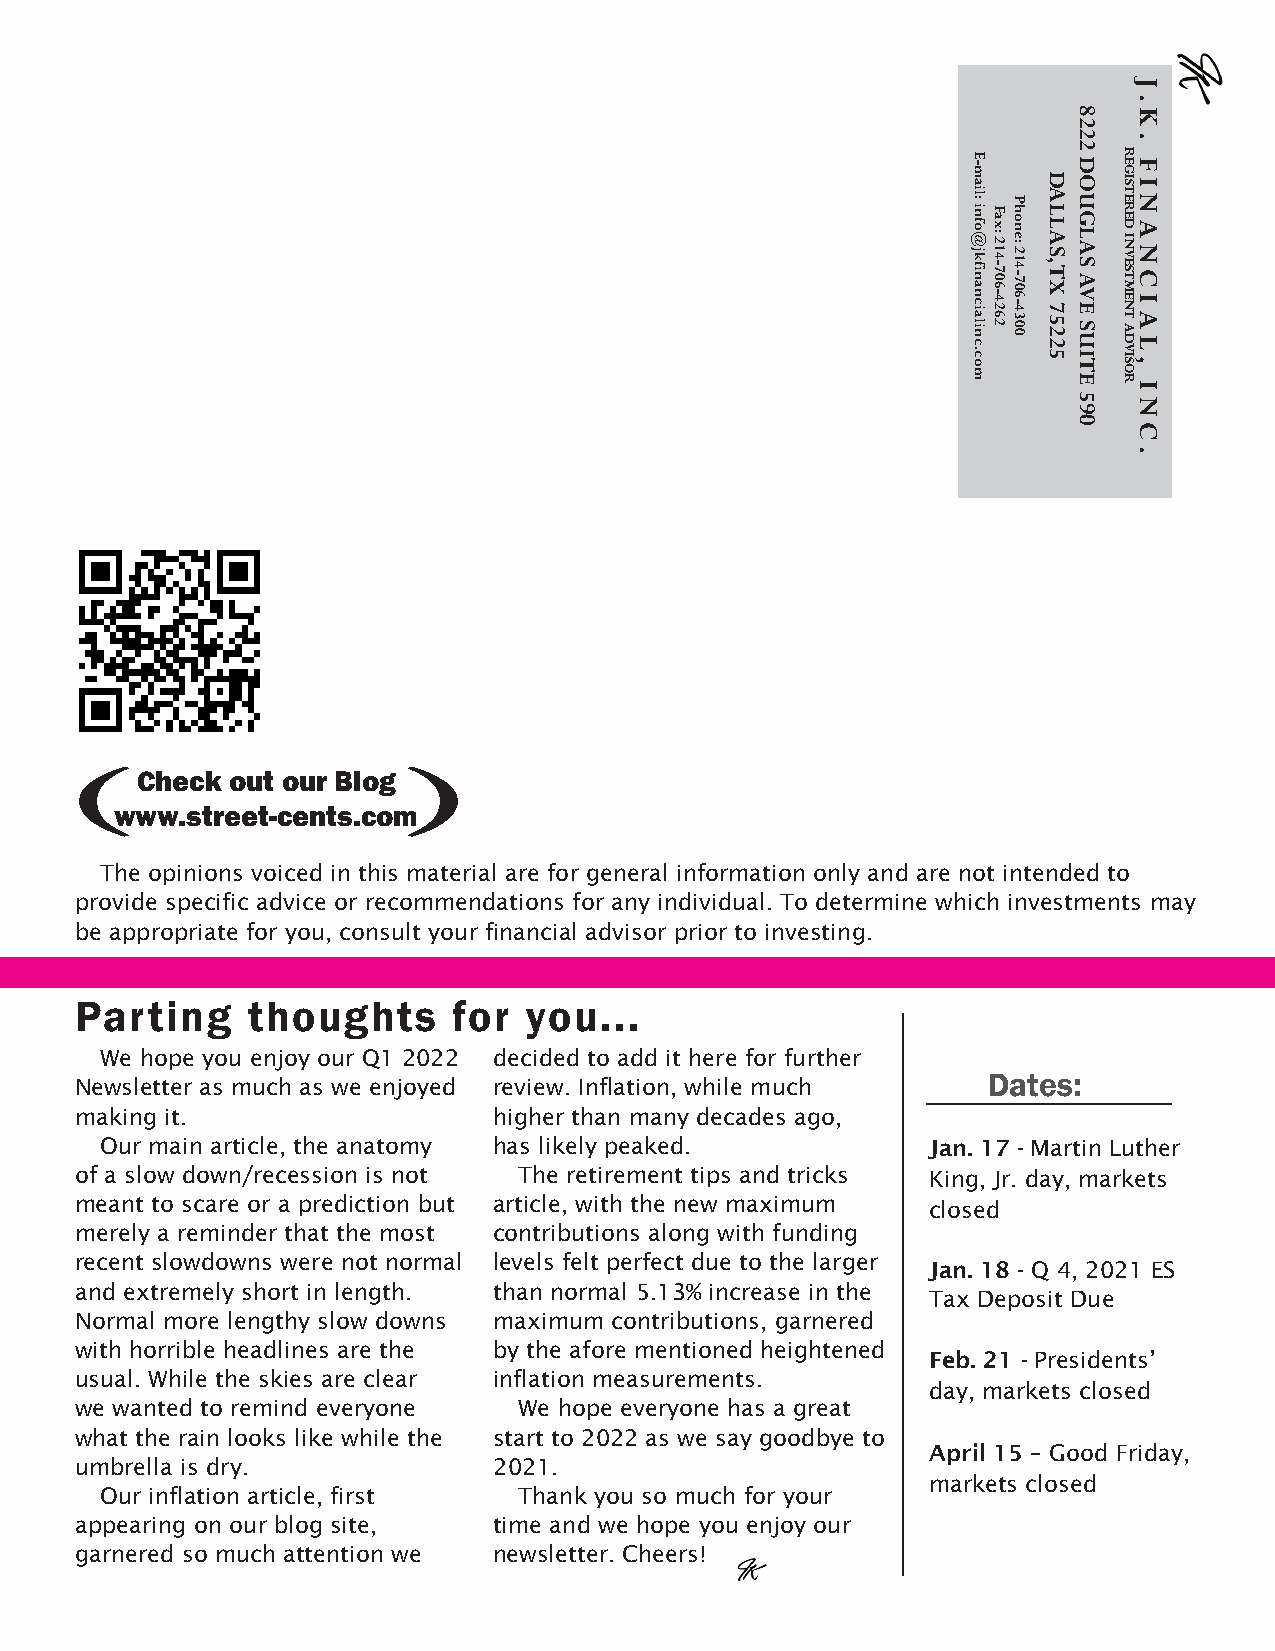
(    Chec k o ut o ur B log)
 www.street-cents.com
 The opinions voiced in this material are for general information only and are not intended to
 provide specific advice or recommendations for any individual. To determine which investments may
 be appropriate for you, consult your financial advisor prior to investing.
 Parting    thoughts      for  you...
 We hope you enjoy our Q1 2022 decided to add it here for further
 Newsletter as much as we enjoyed review. Inflation, while much Dates:
 making it.                  higher than many decades ago,
 Our main article, the anatomy has likely peaked.       Jan. 17 - Martin Luther
 of a slow down/recession is not The retirement tips and tricks King, Jr. day, markets
 meant to scare or a prediction but article, with the new maximum
 closed
 merely a reminder that the most contributions along with funding
 recent slowdowns were not normal levels felt perfect due to the larger
 Jan. 18 - Q 4, 2021 ES
 and extremely short in length. than normal 5.13% increase in the
 Tax Deposit Due
 Normal more lengthy slow downs maximum contributions, garnered
 with horrible headlines are the by the afore mentioned heightened
 Feb. 21 - Presidents’
 usual. While the skies are clear inflation measurements.
 day, markets closed
 we wanted to remind everyone We hope everyone has a great
 what the rain looks like while the start to 2022 as we say goodbye to
 April 15 – Good Friday,
 umbrella is dry.            2021.
 markets closed
 Our inflation article, first Thank you so much for your
 appearing on our blog site, time and we hope you enjoy our
 garnered so much attention we newsletter. Cheers!
 E-mail:
 info@jkfinancialinc.com Fax:
 214-706-4262
 Phone:
 214-706-4300
 DALLAS,
 TX
 75225
 8222
 DOUGLAS
 AVE
 SUITE
 590
 REGISTERED
 INVESTMENT
 ADVISOR
 J.K.
 FINANCIAL,
 INC.